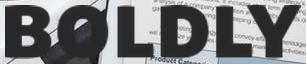
BOLDLY